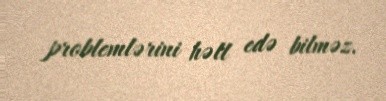
problemlərini həll edə bilməz.